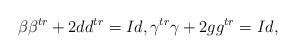
LaTeX: \begin{align*}\beta\beta^{tr}+2dd^{tr}=Id,\gamma^{tr}\gamma+2gg^{tr}=Id,\end{align*}